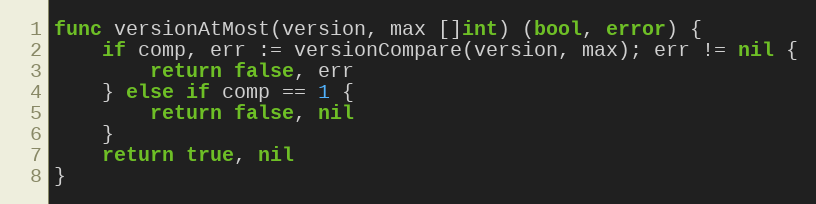
Language: Go
func versionAtMost(version, max []int) (bool, error) {
	if comp, err := versionCompare(version, max); err != nil {
		return false, err
	} else if comp == 1 {
		return false, nil
	}
	return true, nil
}